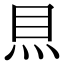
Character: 𥄧